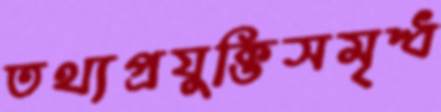
তথ্যপ্রযুক্তিসমৃদ্ধ